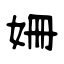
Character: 姍